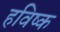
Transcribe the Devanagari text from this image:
हविष्क